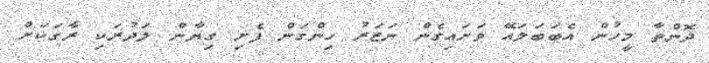
ދޮންތާ މީހުން އެބަބަލައޭ ވަށައިގެން ނަޒަރު ހިންގަން ފެށި ގިޔާން ލަދުރަކި ރާގަކަށް